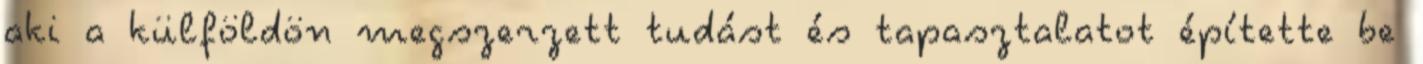
aki a külföldön megszerzett tudást és tapasztalatot építette be